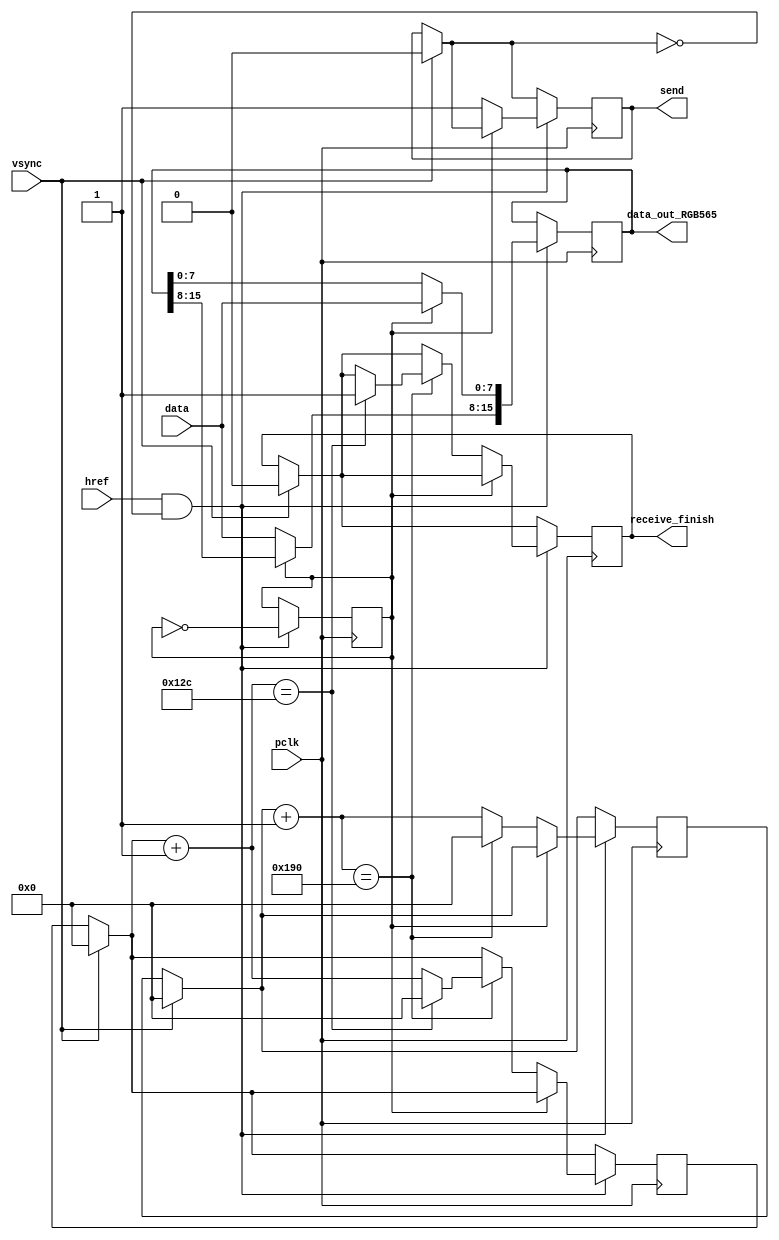
module dcmi(
	input [7 : 0] data,
	input pclk,
	input href,
	input vsync,
	output reg [15 : 0] data_out_RGB565,
	output reg send,
	output reg receive_finish
);
	
	reg connect_low;
	reg [8 : 0] pixel_cnt;
	reg [8 : 0] row_cnt;

	initial begin
		connect_low = 1;
	end

	always@(posedge pclk) begin
		if(vsync) begin
			pixel_cnt = 9'b0;
			row_cnt = 9'b0;
			send = 1'b0;
			receive_finish = 1'b0;
		end
		if(href && (send == 0)) begin
			if(connect_low) begin
				data_out_RGB565[7 : 0] = data;
			end
			else begin
				data_out_RGB565[15 : 8] = data;
				send = 1'b1;
				pixel_cnt = pixel_cnt + 1'b1;
				if(pixel_cnt == 9'd400) begin
					pixel_cnt = 9'b0;
					row_cnt = row_cnt + 9'b1;
					if(row_cnt  == 9'd300) begin
						row_cnt = 9'b0;
						receive_finish = 1'b1;
					end
				end
			end
			connect_low = ~connect_low;
		end
	end
endmodule